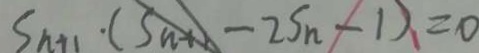
S _ { n + 1 } \cdot - 2 S _ { n } - 1 ) = 0